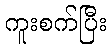
ကူးစက်ပြီး